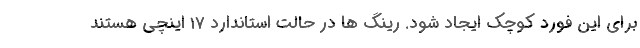
برای این فورد کوچک ایجاد شود. رینگ ها در حالت استاندارد 17 اینچی هستند